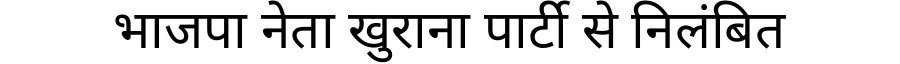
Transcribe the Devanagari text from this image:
भाजपा नेता खुराना पार्टी से निलंबित